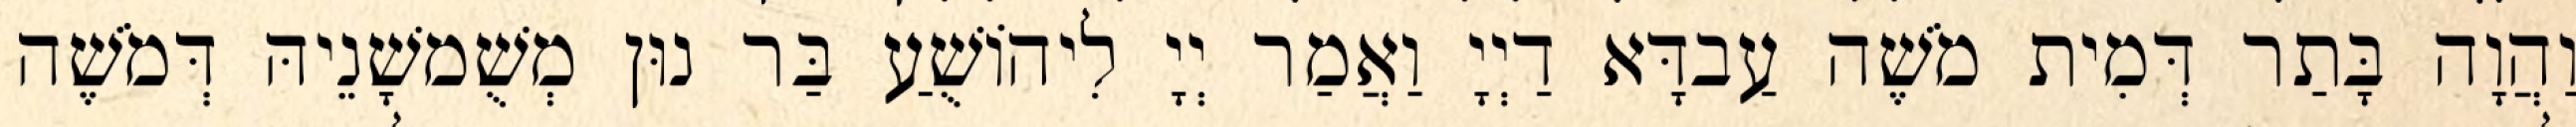
וַהֲוָה בָּתַר דְּמִית מֹשֶׁה עַבדָּא דַיְיָ וַאֲמַר יְיָ לִיהוֹשֻׁעַ בַּר נוּן מְשֻׁמשָׁנֵיהּ דְּמֹשֶׁה